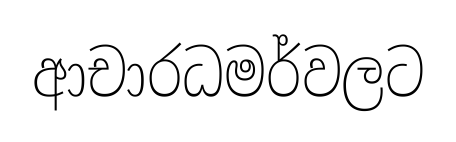
ආචාරධමර්වලට